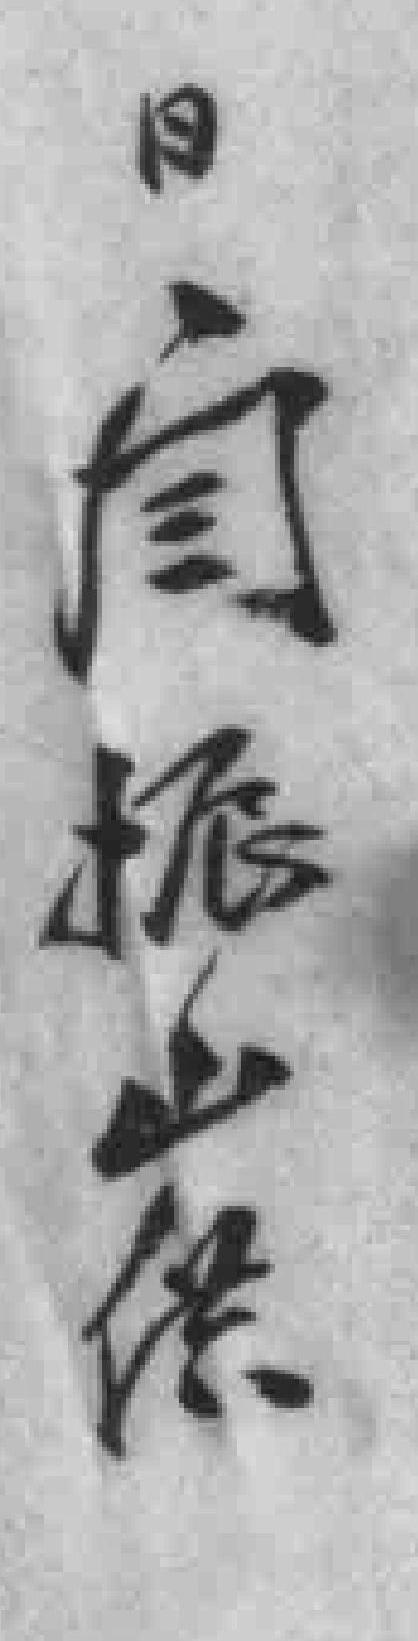
日闫振山供